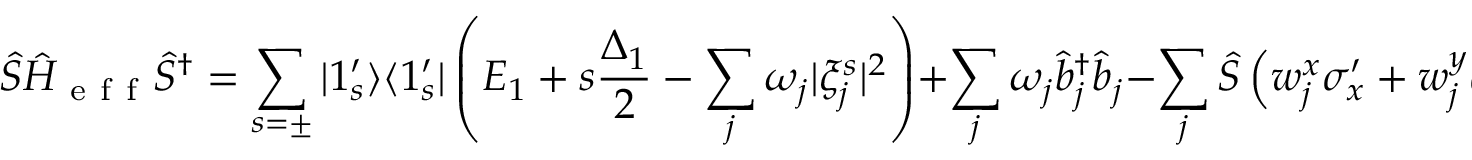
\hat { S } \hat { H } _ { \mathrm { ~ e ~ f ~ f ~ } } \hat { S } ^ { \dagger } = \sum _ { s = \pm } | 1 _ { s } ^ { \prime } \rangle \langle 1 _ { s } ^ { \prime } | \left( E _ { 1 } + s \frac { \Delta _ { 1 } } { 2 } - \sum _ { j } \omega _ { j } | \xi _ { j } ^ { s } | ^ { 2 } \right) + \sum _ { j } \omega _ { j } \hat { b } _ { j } ^ { \dagger } \hat { b } _ { j } - \sum _ { j } \hat { S } \left( w _ { j } ^ { x } \sigma _ { x } ^ { \prime } + w _ { j } ^ { y } \sigma _ { y } ^ { \prime } \right) \left( \hat { b } _ { j } + \hat { b } _ { j } ^ { \dagger } \right) \hat { S } ^ { \dagger } .